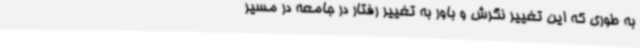
به طوری که این تغییر نگرش و باور به تغییر رفتار در جامعه در مسیر